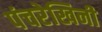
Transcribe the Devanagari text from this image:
पंचरेखिनी